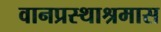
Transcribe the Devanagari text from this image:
वानप्रस्थाश्रमास